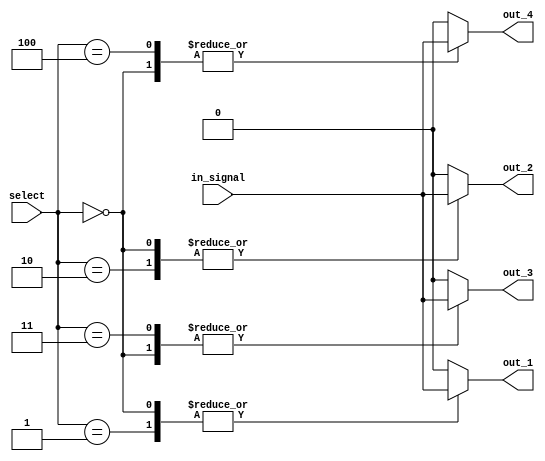
module demux_1to4 (
    input wire in_signal,
    input wire [2:0] select,
    output reg out_1,
    output reg out_2,
    output reg out_3,
    output reg out_4
);

always @(*)
begin
    case(select)
        3'b000: begin
            out_1 = in_signal;
            out_2 = in_signal;
            out_3 = in_signal;
            out_4 = in_signal;
        end
        3'b001: begin
            out_1 = in_signal;
            out_2 = 1'b0;
            out_3 = 1'b0;
            out_4 = 1'b0;
        end
        3'b010: begin
            out_1 = 1'b0;
            out_2 = in_signal;
            out_3 = 1'b0;
            out_4 = 1'b0;
        end
        3'b011: begin
            out_1 = 1'b0;
            out_2 = 1'b0;
            out_3 = in_signal;
            out_4 = 1'b0;
        end
        3'b100: begin
            out_1 = 1'b0;
            out_2 = 1'b0;
            out_3 = 1'b0;
            out_4 = in_signal;
        end
        default: begin
            out_1 = 1'b0;
            out_2 = 1'b0;
            out_3 = 1'b0;
            out_4 = 1'b0;
        end
    endcase
end

endmodule